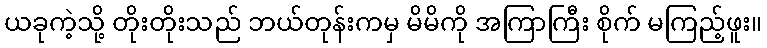
ယခုကဲ့သို့ တိုးတိုးသည် ဘယ်တုန်းကမှ မိမိကို အကြာကြီး စိုက် မကြည့်ဖူး။